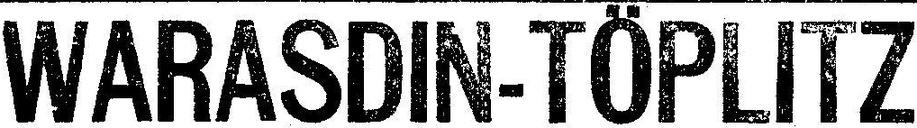
WARASDIN-TÖPLITZ